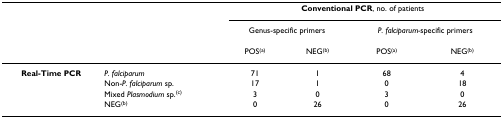
|  |  | <COLSPAN=4> Conventional PCR, no. of patients |
 |  |  | <COLSPAN=2> Genus-specific primers | <COLSPAN=2> P. falciparum-specific primers |
 |  |  | POS(a) | NEG(b) | POS(a) | NEG(b) |
 | --- | --- | --- | --- | --- | --- |
 | Real-Time PCR | P. falciparum | 71 | 1 | 68 | 4 |
 |  | Non-P. falciparum sp. | 17 | 1 | 0 | 18 |
 |  | Mixed Plasmodium sp.(c) | 3 | 0 | 3 | 0 |
 |  | NEG(b) | 0 | 26 | 0 | 26 |